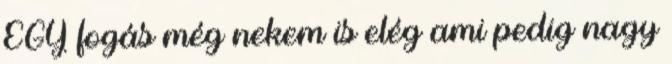
EGY fogás még nekem is elég ami pedig nagy